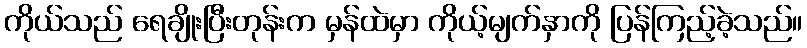
ကိုယ်သည် ရေချိုးပြီးတုန်းက မှန်ထဲမှာ ကိုယ့်မျက်နှာကို ပြန်ကြည့်ခဲ့သည်။